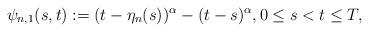
LaTeX: \begin{align*}\psi_{n,1}(s,t):=(t-\eta_n(s))^{\alpha} - (t-s)^{\alpha}, 0\le s<t \le T,\end{align*}